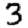
Digit: 3